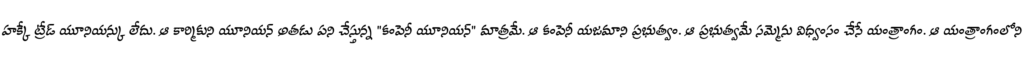
హక్కే ట్రేడ్ యూనియన్కు లేదు. ఆ కార్మికుని యూనియన్ అతడు పని చేస్తున్న "కంపెనీ యూనియన్" మాత్రమే. ఆ కంపెనీ యజమాని ప్రభుత్వం. ఆ ప్రభుత్వమే సమ్మెను విధ్వంసం చేసే యంత్రాంగం. ఆ యంత్రాంగంలోని